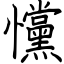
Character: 戃